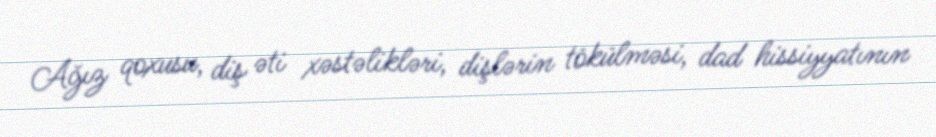
Ağız qoxusu, diş əti xəstəlikləri, dişlərin tökülməsi, dad hissiyyatının